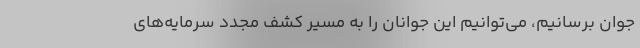
جوان برسانیم، می‌توانیم این جوانان را به مسیر کشف مجدد سرمایه‌های